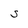
Character: S